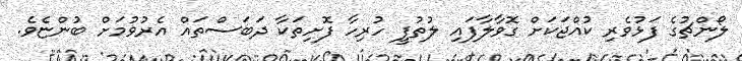
ލޯންޗުގެ ފަޅުވެރި ކުއްޖަކަށް ގޮވާލާފައި ލުތުފީ ހުރިހާ ފޮށިތަކާ ދަބަސްތައް އެރުވުމަށް ބުންޏެވެ.